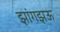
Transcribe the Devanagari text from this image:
झांगझऊ